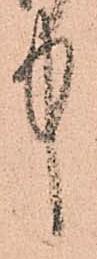
中